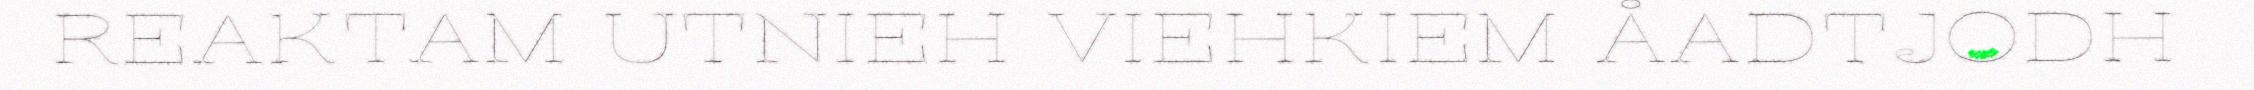
REAKTAM UTNIEH VIEHKIEM ÅADTJODH